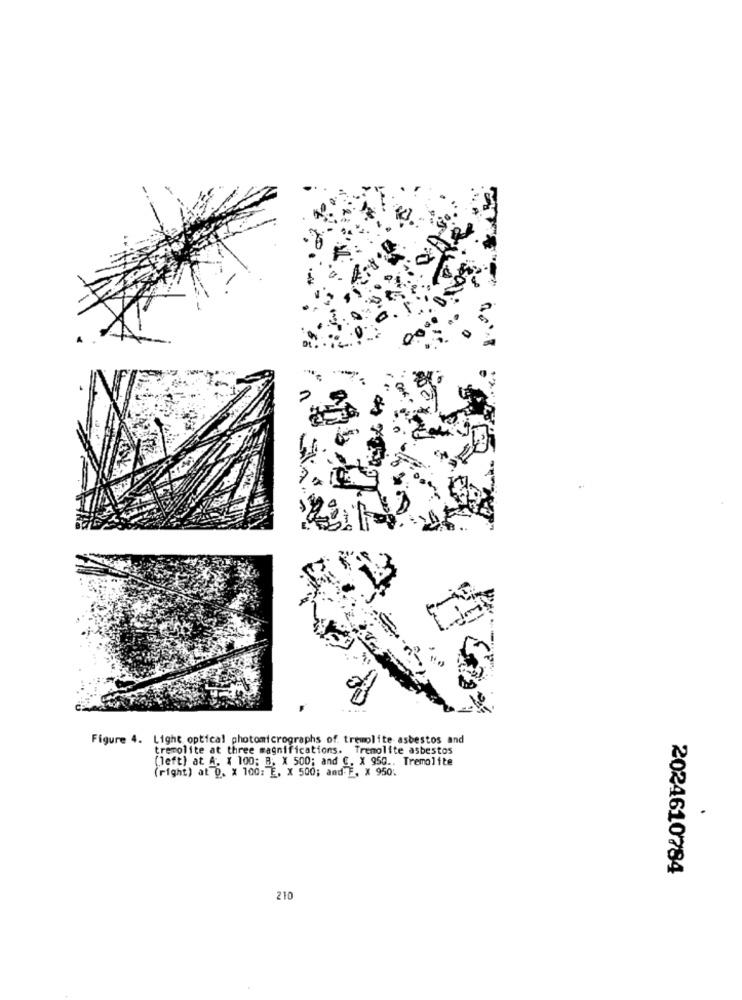
Figure 4. Light optical photomicrographs of tremolite asbestos and
tremolite at three magnifications. Tremolite asbestos
(left) at A. x 100; B, X 500; and C. X 950 .. Tremolite
(right) at 0. x 100: E. x 500; and F. X 950.
.
2024610784
210